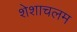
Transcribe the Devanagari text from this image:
शेशाचलम